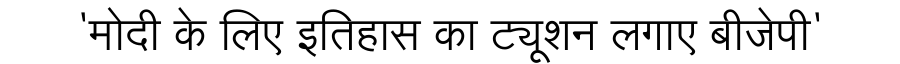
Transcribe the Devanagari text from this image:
'मोदी के लिए इतिहास का ट्यूशन लगाए बीजेपी'